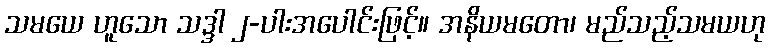
သမယေ ဟူသော သဒ္ဒါ ၂-ပါးအပေါင်းဖြင့်။ အနိယမတော၊ မည်သည့်သမယဟု